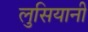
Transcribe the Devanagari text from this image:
लुसियानी